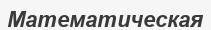
Математическая